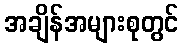
အချိန်အများစုတွင်